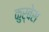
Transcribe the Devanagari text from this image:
कुर्बेस